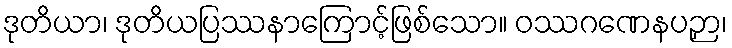
ဒုတိယာ၊ ဒုတိယပြဿနာကြောင့်ဖြစ်သော။ ဝဿဂဏေနပဉှာ၊